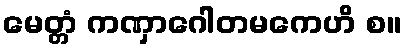
မေတ္တံ ကဏှာဂေါတမကေဟိ စ။